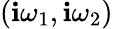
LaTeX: (\mathbf{i}\omega_{1},\mathbf{i}\omega_{2})